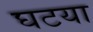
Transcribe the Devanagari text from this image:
घटया